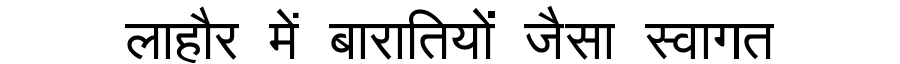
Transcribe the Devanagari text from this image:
लाहौर में बारातियों जैसा स्वागत